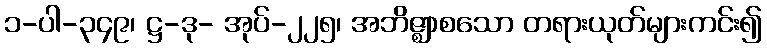
၁-ပါ-၃၄၉၊ ဋ္ဌ-ဒု- အုပ်-၂၂၅၊ အဘိဇ္ဈာစသော တရားယုတ်များကင်း၍